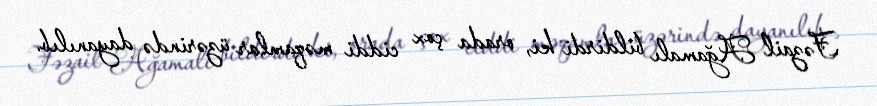
Fəzail Ağamalı bildirdi ki, orada çox ciddi məqamlar üzərində dayanılıb.